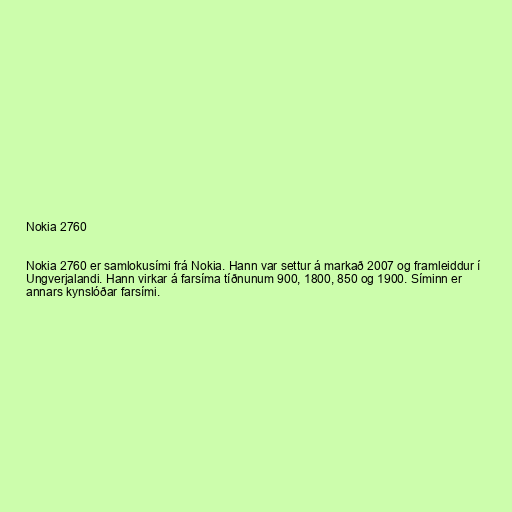
Nokia 2760

Nokia 2760 er samlokusími frá Nokia. Hann var settur á markað 2007 og framleiddur í
Ungverjalandi. Hann virkar á farsíma tíðnunum 900, 1800, 850 og 1900. Síminn er
annars kynslóðar farsími.